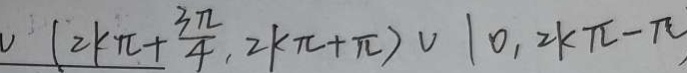
( 2 k \pi + \frac { 3 \pi } { 4 } , 2 k \pi + \pi ) \cup \vert 0 , 2 k \pi - \pi